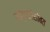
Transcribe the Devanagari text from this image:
रक्षकांसोबत